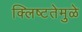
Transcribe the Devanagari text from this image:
क्लिष्टतेमुळे